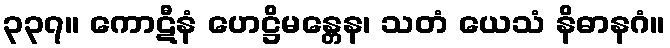
၃၃၇။ ကောဋီနံ ဟေဋ္ဌိမန္တေန၊ သတံ ယေသံ နိဓာနဂံ။